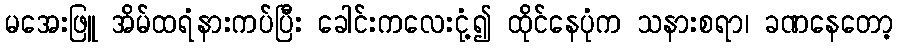
မအေးဖြူ အိမ်ထရံနားကပ်ပြီး ခေါင်းကလေးငုံ့၍ ထိုင်နေပုံက သနားစရာ၊ ခဏနေတော့